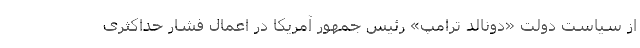
از سیاست دولت «دونالد ترامپ» رئیس جمهور آمریکا در اعمال فشار حداکثری